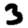
Digit: 3